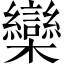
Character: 欒